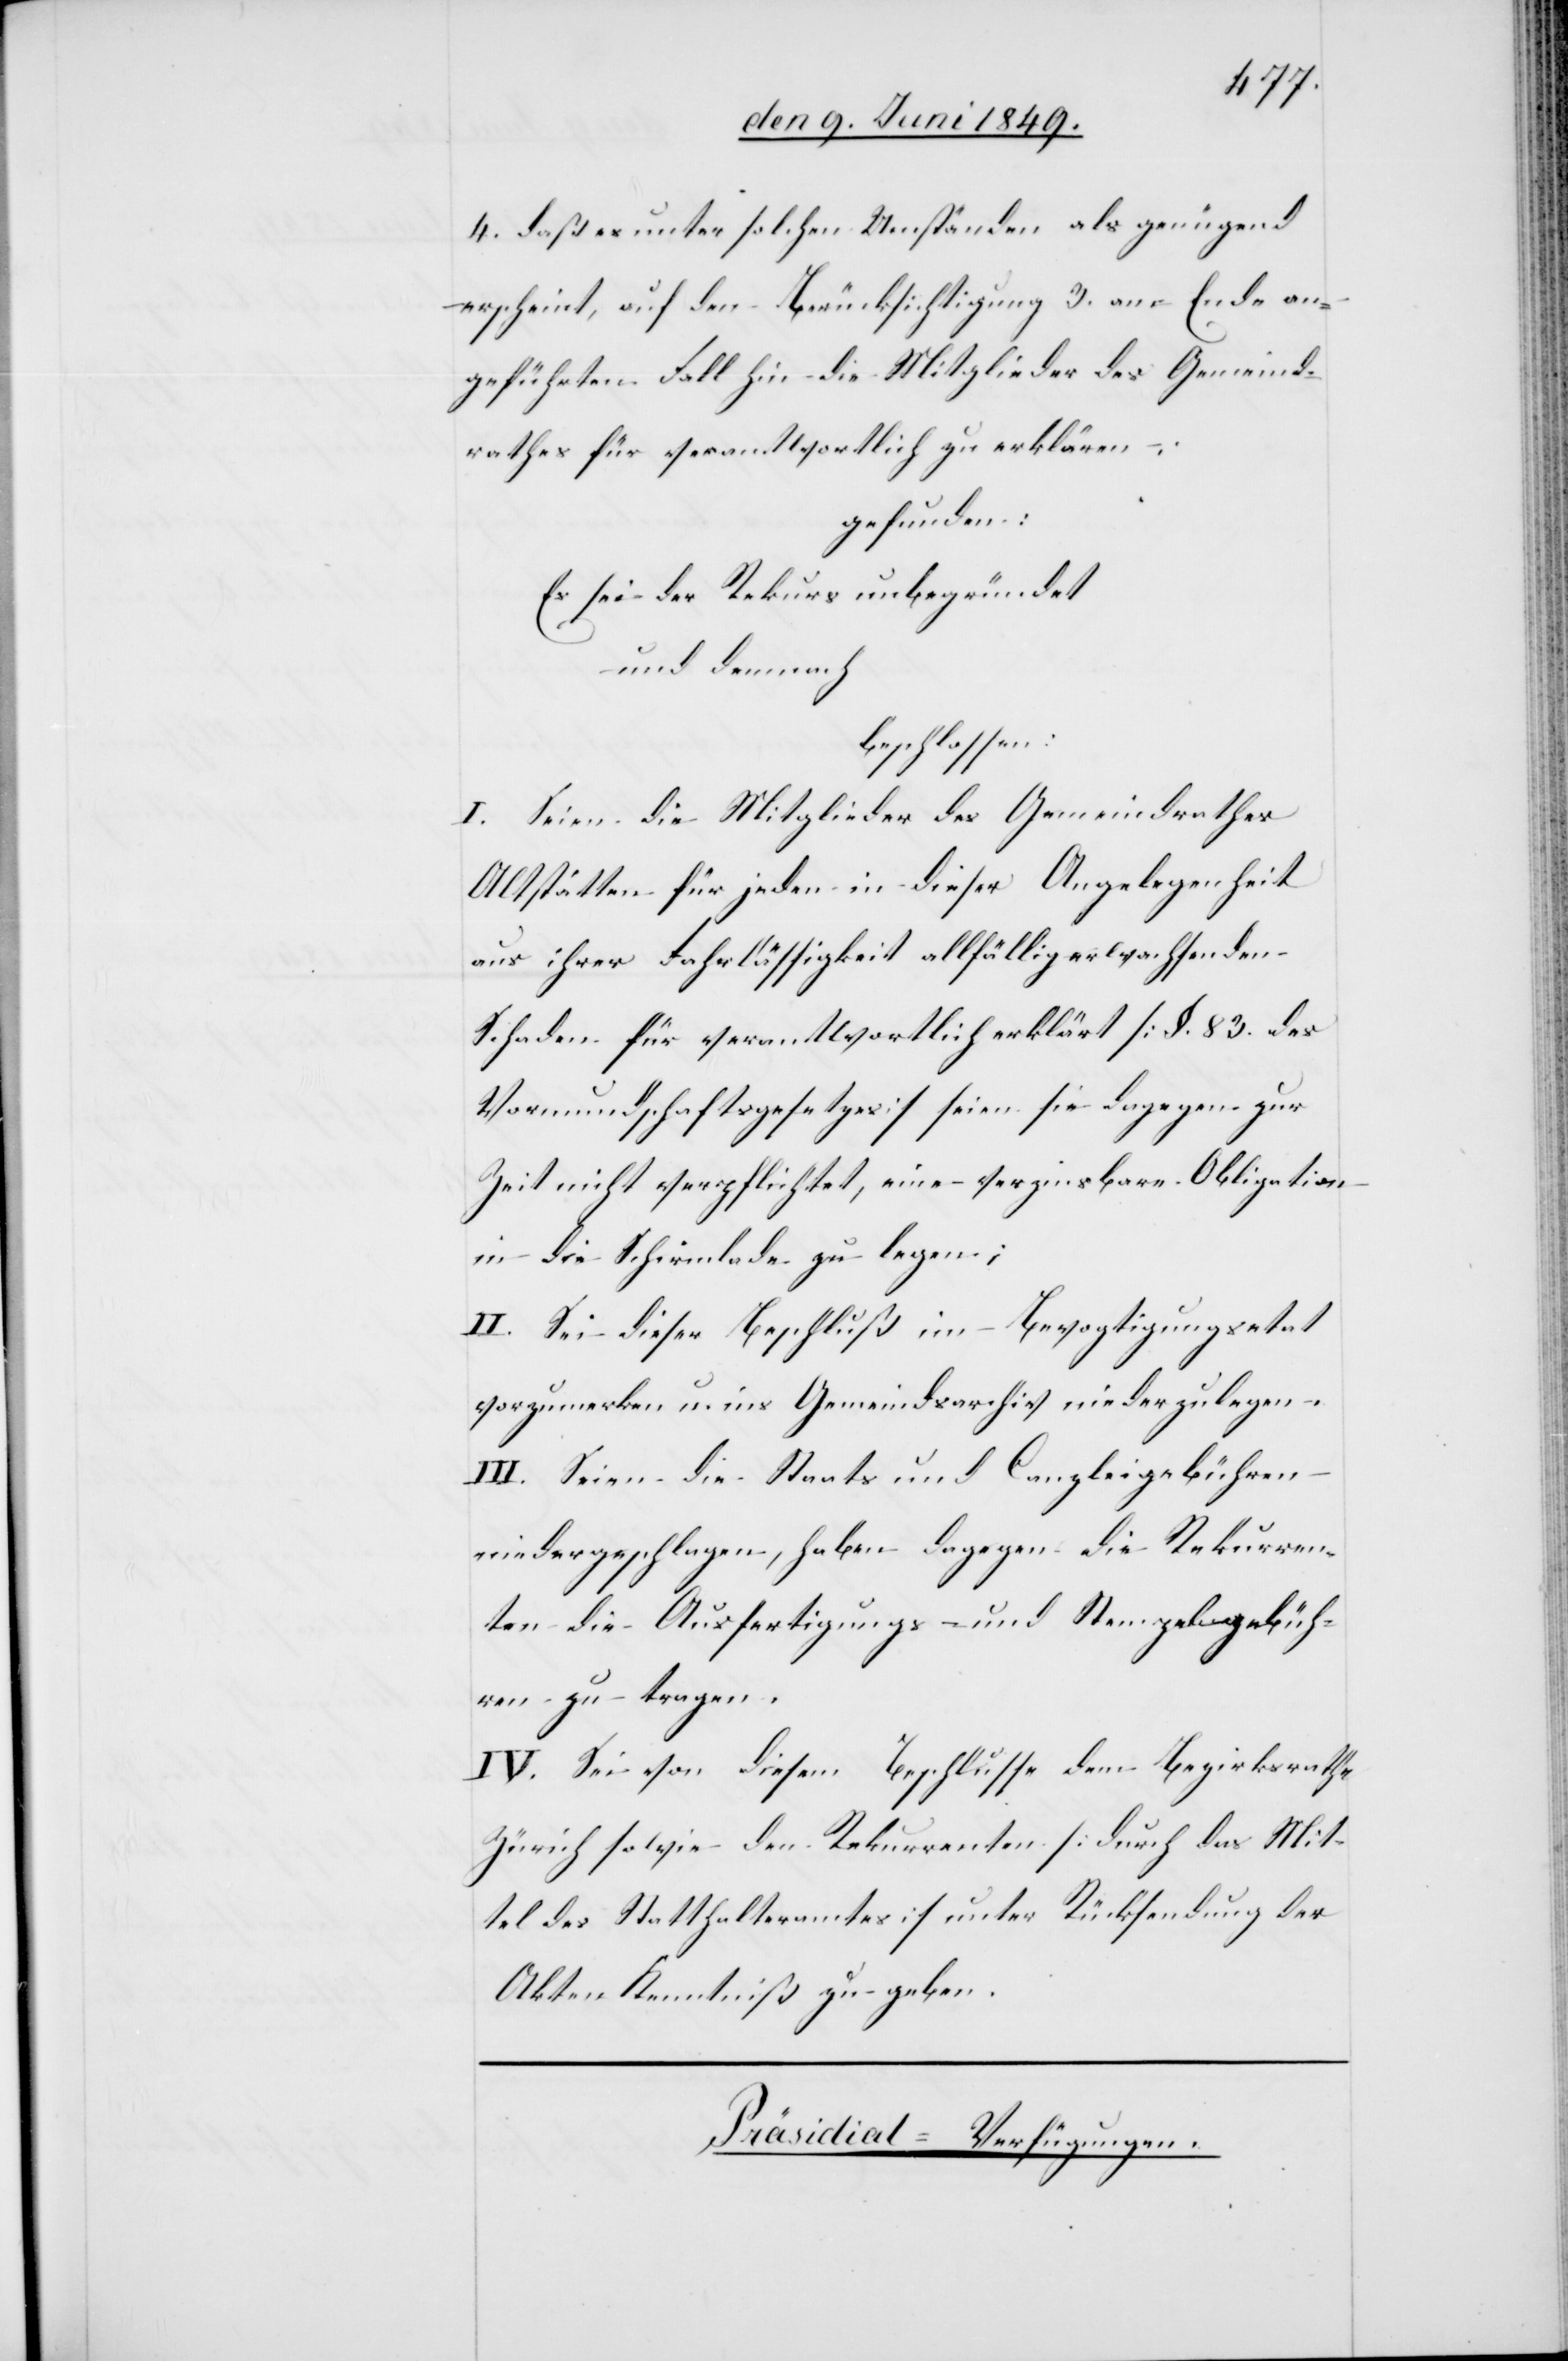
4. Daß es unter solchen Umständen als genügend
erscheint, auf den Berücksichtigung 3. am Ende an¬
geführten Fall hin die Mitglieder des Gemeind¬
rathes für verantwortlich zu erklären:
gefunden:
Es sei der Rekurs unbegründet
und demnach
beschlossen:
I. Seien die Mitglieder des Gemeindrathes
Altstätten für jeden in dieser Angelegenheit
aus ihrer Fahrlässigkeit allfällig erwachsenden
Schaden für verantwortlich erklärt [§. 83. des
Vormundschaftsgesetzes] seien sie dagegen zur
Zeit nicht verpflichtet, eine verzinsbare Obligation
in die Schirmlade zu legen;
II. Sei dieser Beschluß im Bevogtigungsetat
vorzumerken u. ins Gemeindsarchiv niederzulegen.
III. Seien die Staats und Canzleigebühren
niedergeschlagen, haben dagegen die Rekurren¬
ten die Ausfertigungs- und Stempelgebüh¬
ren zu tragen.
IV. Sei von diesem Beschlusse dem Bezirksrathe
Zürich sowie den Rekurrenten [durch das Mit¬
tel des Statthalteramtes] unter Rücksendung der
Akten Kenntniß zu geben.
Präsidial-Verfügungen.